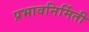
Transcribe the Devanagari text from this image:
प्रभावनिर्मिती